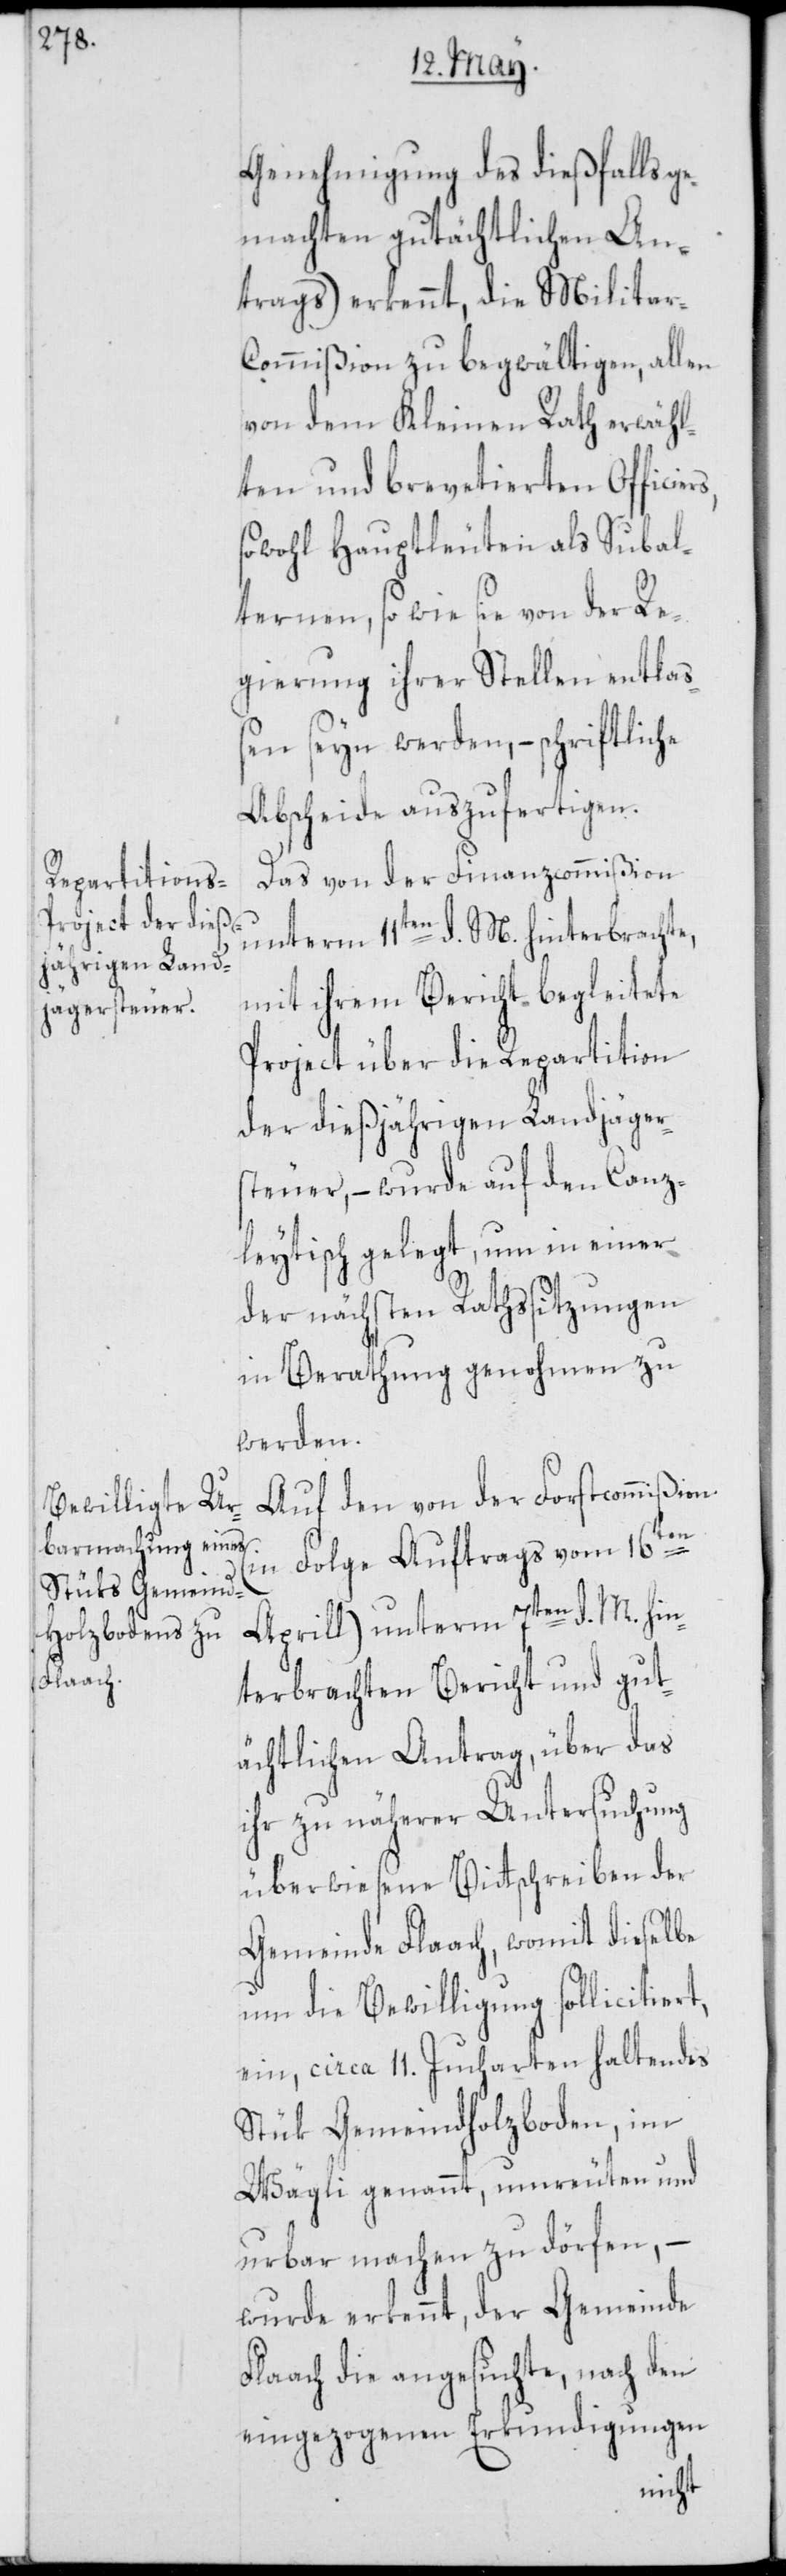
rs,

Genehmigung des dießfalls g¬
emachten gutächtlichen An¬
trags) erkennt, die Militar-C¬
ommißion zu begwältigen, allen
von dem Kleinen Rath erwähl¬
ten und brevetierten Officie¬
sowohl Hauptleuten als Subal¬
ternen, so wie sie von der Re¬
gierung ihrer Stellen entlaß¬
en seyn werden, – schriftliche
Abscheide auszufertigen.
Das von der Finanzcommißion
unterm 11ten d. M. hinterbrachte,
mit ihrem Bericht begleitete
Project über die Repartition
der dießjährigen Landjäger¬
steuer, – wurde auf den Canz¬
leytisch gelegt, um in einer
der nächsten Rathssitzungen
in Berathung genohmen zu
werden.
Auf den von der Forstcommißion
(in Folge Auftrags vom 16ten
Aprill) unterm 7ten d. M. hin¬
terbrachten Bericht und gut¬
ächtlichen Antrag, über das
ihr zu näherer Untersuchung
überwiesene Bittschreiben der
Gemeinde Flaach, womit dieselbe
um die Bewilligung sollicitiert,
ein, circa 11. Jucharten haltendes
Stük Gemeindholzboden, im
Wägli genannt, umreuten und
urbar machen zu dörfen, –
wurde erkennt, der Gemeinde
Flaach die angesuchte, nach den
eingezogenen Erkundigungen